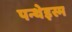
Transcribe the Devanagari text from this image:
पन्थेइस्म